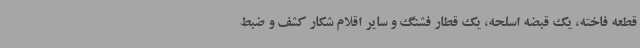
قطعه فاخته، یک قبضه اسلحه، یک قطار فشنگ و سایر اقلام شکار کشف و ضبط